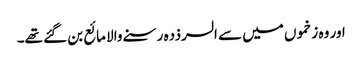
اور وہ زخموں میں سے السرذدہ رسنے والا مائع بن گئے تھے۔